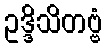
ဥဒ္ဒိသိတဗ္ဗံ